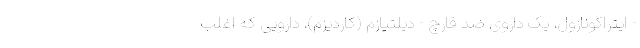
- ایتراکونازول، یک داروی ضد قارچ - دیلتیازم (کاردیزم)، دارویی که اغلب